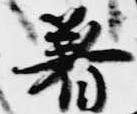
着